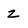
Character: z